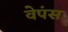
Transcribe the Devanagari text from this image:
वेपंस